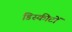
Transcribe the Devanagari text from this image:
डिस्कीटों